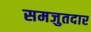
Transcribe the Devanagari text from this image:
समजुतदार